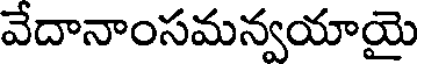
వేదానాంసమన్వయాయై